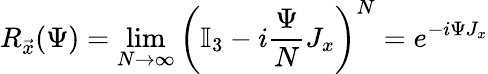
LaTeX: R_{\vec{x}}(\Psi)=\operatorname*{lim}_{N\to\infty}\left(\mathbb{I}_{3}-i\frac{\Psi}{N}J_{x}\right)^{N}=e^{-i\Psi J_{x}}